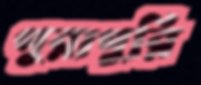
পুরাপুরি